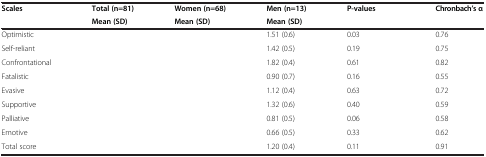
<table><thead><tr><td rowspan="2"><b>Scales</b></td><td><b>Total (n=81)</b></td><td><b>Women (n=68)</b></td><td><b>Men (n=13)</b></td><td rowspan="2"><b>P-values</b></td><td rowspan="2"><b>Chronbach’s α</b></td></tr><tr><td><b>Mean (SD)</b></td><td><b>Mean (SD</b></td><td><b>Mean (SD</b></td></tr></thead><tbody><tr><td>Optimistic</td><td>[EMPTY_CELL]</td><td>[EMPTY_CELL]</td><td>1.51 (0.6)</td><td>0.03</td><td>0.76</td></tr><tr><td>Self-reliant</td><td>[EMPTY_CELL]</td><td>[EMPTY_CELL]</td><td>1.42 (0.5)</td><td>0.19</td><td>0.75</td></tr><tr><td>Confrontational</td><td>[EMPTY_CELL]</td><td>[EMPTY_CELL]</td><td>1.82 (0.4)</td><td>0.61</td><td>0.82</td></tr><tr><td>Fatalistic</td><td>[EMPTY_CELL]</td><td>[EMPTY_CELL]</td><td>0.90 (0.7)</td><td>0.16</td><td>0.55</td></tr><tr><td>Evasive</td><td>[EMPTY_CELL]</td><td>[EMPTY_CELL]</td><td>1.12 (0.4)</td><td>0.63</td><td>0.72</td></tr><tr><td>Supportive</td><td>[EMPTY_CELL]</td><td>[EMPTY_CELL]</td><td>1.32 (0.6)</td><td>0.40</td><td>0.59</td></tr><tr><td>Palliative</td><td>[EMPTY_CELL]</td><td>[EMPTY_CELL]</td><td>0.81 (0.5)</td><td>0.06</td><td>0.58</td></tr><tr><td>Emotive</td><td>[EMPTY_CELL]</td><td>[EMPTY_CELL]</td><td>0.66 (0.5)</td><td>0.33</td><td>0.62</td></tr><tr><td>Total score</td><td>[EMPTY_CELL]</td><td>[EMPTY_CELL]</td><td>1.20 (0.4)</td><td>0.11</td><td>0.91</td></tr></tbody></table>